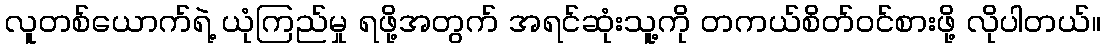
လူတစ်ယောက်ရဲ့ ယုံကြည်မှု ရဖို့အတွက် အရင်ဆုံးသူ့ကို တကယ်စိတ်ဝင်စားဖို့ လိုပါတယ်။